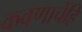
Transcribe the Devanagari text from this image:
कवणाचेंहि